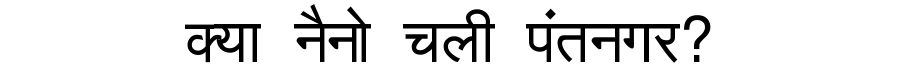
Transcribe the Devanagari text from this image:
क्या नैनो चली पंतनगर?